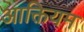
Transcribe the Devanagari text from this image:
आक्तियम